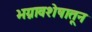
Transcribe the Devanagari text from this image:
भग्नावशेषातून